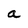
Character: a